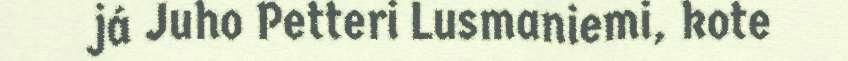
já Juho Petteri Lusmaniemi, kote